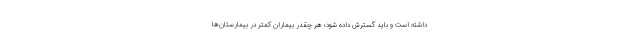
داشته است و باید گسترش داده شود؛ هر چقدر بیماران کمتر در بیمارستان‌ها